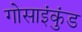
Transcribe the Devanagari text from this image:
गोसाइंकुंड